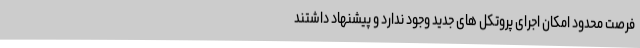
فرصت محدود امکان اجرای پروتکل های جدید وجود ندارد و پیشنهاد داشتند